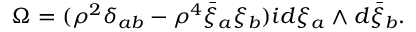
\Omega = ( { \rho } ^ { 2 } \delta _ { a b } - { \rho } ^ { 4 } \bar { \xi } _ { a } \xi _ { b } ) i d \xi _ { a } \wedge d \bar { \xi } _ { b } .